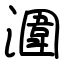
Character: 潿